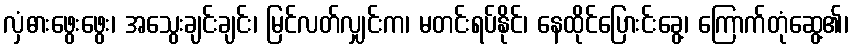
လှံဓားဖွေးဖွေး၊ အသွေးချင်းချင်း၊ မြင်လတ်လျှင်းက၊ မတင်းရပ်နိုင်၊ နေထိုင်ပြေားင်းခွေ့၊ ကြောက်တုံဆွေ့၏၊